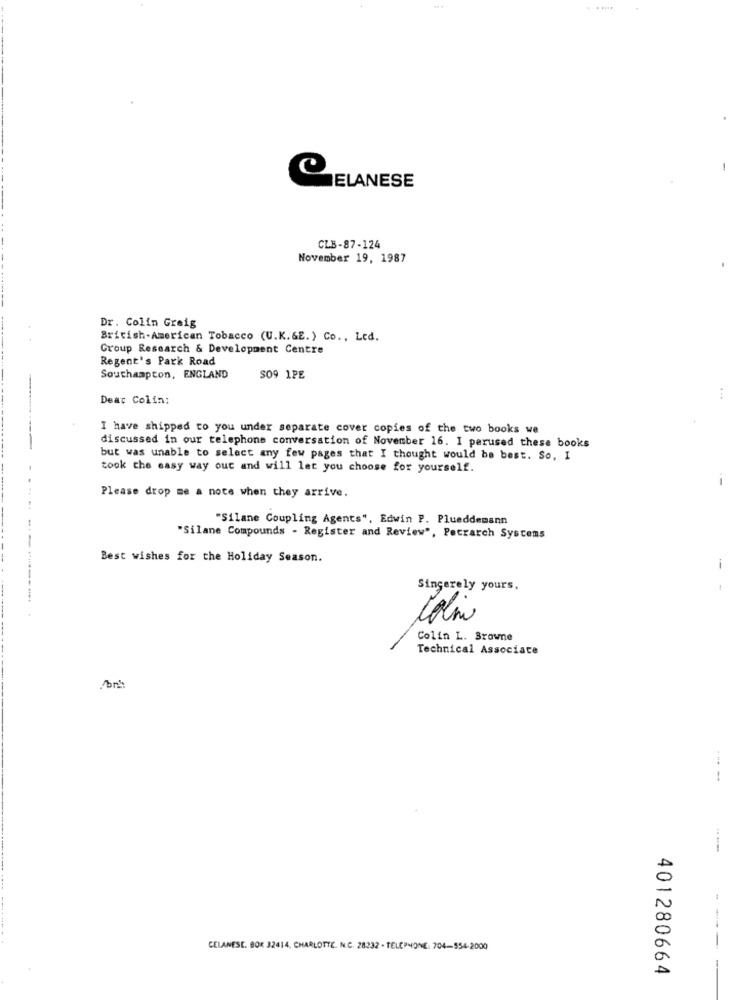
-.
ELANESE
CLB-87-124
November 19, 1987
Dr. Colin Greig
British-American Tobacco (U.K.&E.) Co ., Led.
Group Research & Development Centre
Regent's Park Road
Southampton, ENGLAND
SO9 1PE
Dear Colin:
...
I have shipped to you under separate cover copies of the two books we
discussed in our telephone conversation of November 16. I perused these books
but was unable to select any few pages that I thought would be best. So, I
took the easy way out and will let you choose for yourself.
Please drop me a note when they arrive.
"Silane Coupling Agents", Edwin P. Plueddemann
"Silane Compounds - Register and Review", Petrarch Systems
Best wishes for the Holiday Season.
i
Sincerely yours,
t
---- --------...
Colin
Colin L. Browne
Technical Associate
-.
CELANESE. BOR 32414. CHARLOTTE. N.C. 28232 - TELEPHONE: 704-554-2000
-
401280664
-